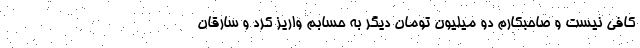
کافی نیست و صاحبکارم دو میلیون تومان دیگر به حسابم واریز کرد و سارقان